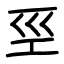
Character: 巠